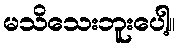
မသိသေးဘူးပေါ့။